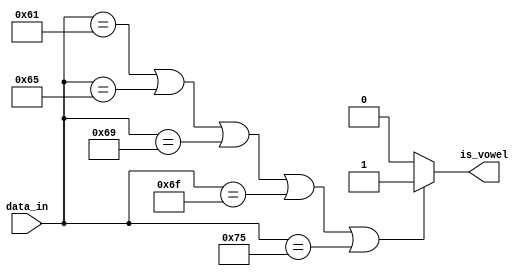
`timescale 1ns / 1ps
//////////////////////////////////////////////////////////////////////////////////
// Company: 
// Engineer: 
// 
// Design Name: 
// Module Name: vowel_checker
// Project Name: 
// Target Devices: 
// Tool Versions: 
// Description: 
// 
// Dependencies: 
// 
// Revision:
// Revision 0.01 - File Created
// Additional Comments:
// 
//////////////////////////////////////////////////////////////////////////////////


module vowel_checker(
    input [7:0] data_in,
    output reg is_vowel
    );
    always@(*)begin
        is_vowel = 0;
        if (data_in == "a" || data_in == "e" || data_in == "i" || data_in == "o" || data_in == "u")
            is_vowel = 1;
        
    end
endmodule